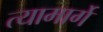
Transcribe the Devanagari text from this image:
त्यामार्गे